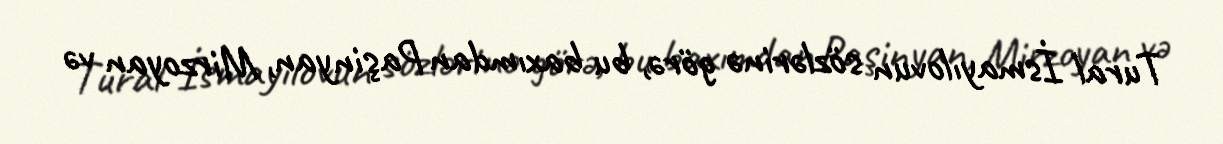
Tural İsmayılovun sözlərinə görə, bu baxımdan Paşinyan, Mirzoyan və